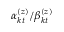
\alpha _ { k t } ^ { ( z ) } / \beta _ { k t } ^ { ( z ) }